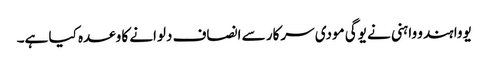
یووا ہندو واہنی نے یوگی مودی سرکار سے انصاف دلوانے کا وعدہ کیا ہے۔